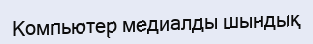
Компьютер медиалды шындық